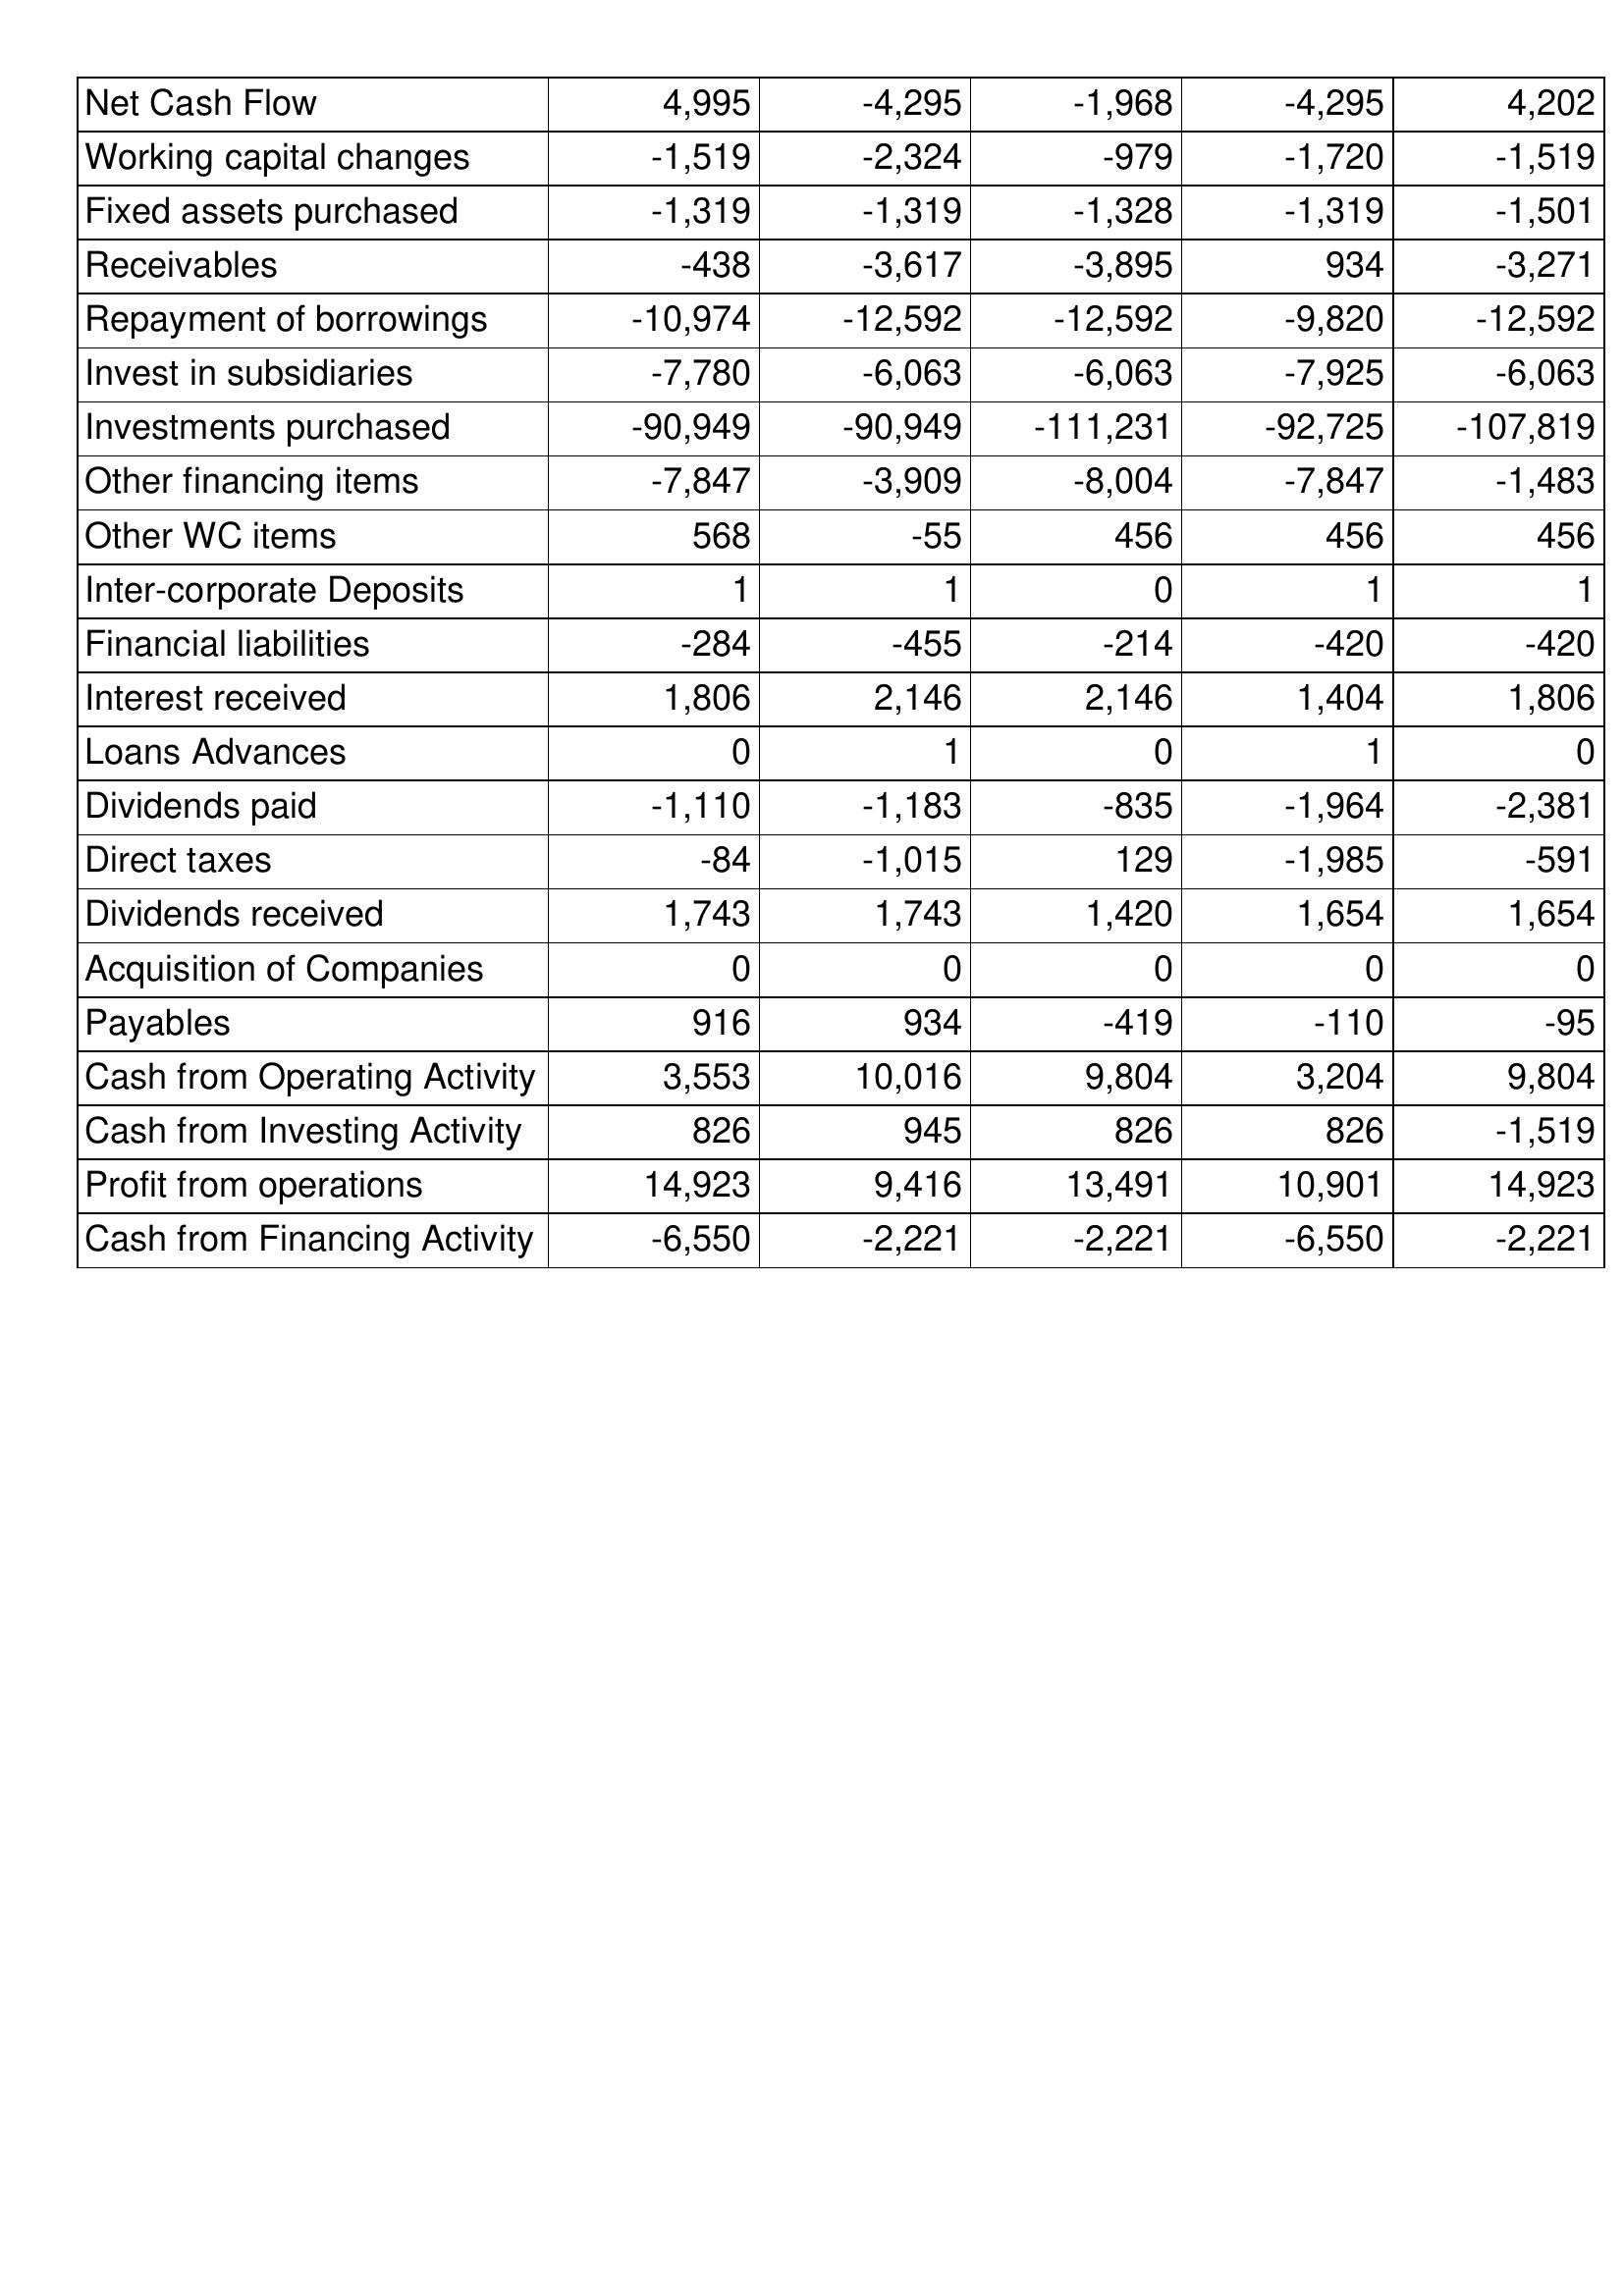
Sep-10: Cash Flows: Net Cash Flow: 4,995
Working capital changes: -1,519
Fixed assets purchased: -1,319
Receivables: -438
Repayment of borrowings: -10,974
Invest in subsidiaries: -7,780
Investments purchased: -90,949
Other financing items: -7,847
Other WC items: 568
Inter-corporate Deposits: 1
Financial liabilities: -284
Interest received: 1,806
Loans Advances: 0
Dividends paid: -1,110
Direct taxes: -84
Dividends received: 1,743
Acquisition of Companies: 0
Payables: 916
Cash from Operating Activity: 3,553
Cash from Investing Activity: 826
Profit from operations: 14,923
Cash from Financing Activity: -6,550
Sep-09: Cash Flows: Net Cash Flow: -4,295
Working capital changes: -2,324
Fixed assets purchased: -1,319
Receivables: -3,617
Repayment of borrowings: -12,592
Invest in subsidiaries: -6,063
Investments purchased: -90,949
Other financing items: -3,909
Other WC items: -55
Inter-corporate Deposits: 1
Financial liabilities: -455
Interest received: 2,146
Loans Advances: 1
Dividends paid: -1,183
Direct taxes: -1,015
Dividends received: 1,743
Acquisition of Companies: 0
Payables: 934
Cash from Operating Activity: 10,016
Cash from Investing Activity: 945
Profit from operations: 9,416
Cash from Financing Activity: -2,221
Sep-08: Cash Flows: Net Cash Flow: -1,968
Working capital changes: -979
Fixed assets purchased: -1,328
Receivables: -3,895
Repayment of borrowings: -12,592
Invest in subsidiaries: -6,063
Investments purchased: -111,231
Other financing items: -8,004
Other WC items: 456
Inter-corporate Deposits: 0
Financial liabilities: -214
Interest received: 2,146
Loans Advances: 0
Dividends paid: -835
Direct taxes: 129
Dividends received: 1,420
Acquisition of Companies: 0
Payables: -419
Cash from Operating Activity: 9,804
Cash from Investing Activity: 826
Profit from operations: 13,491
Cash from Financing Activity: -2,221
Sep-07: Cash Flows: Net Cash Flow: -4,295
Working capital changes: -1,720
Fixed assets purchased: -1,319
Receivables: 934
Repayment of borrowings: -9,820
Invest in subsidiaries: -7,925
Investments purchased: -92,725
Other financing items: -7,847
Other WC items: 456
Inter-corporate Deposits: 1
Financial liabilities: -420
Interest received: 1,404
Loans Advances: 1
Dividends paid: -1,964
Direct taxes: -1,985
Dividends received: 1,654
Acquisition of Companies: 0
Payables: -110
Cash from Operating Activity: 3,204
Cash from Investing Activity: 826
Profit from operations: 10,901
Cash from Financing Activity: -6,550
Sep-06: Cash Flows: Net Cash Flow: 4,202
Working capital changes: -1,519
Fixed assets purchased: -1,501
Receivables: -3,271
Repayment of borrowings: -12,592
Invest in subsidiaries: -6,063
Investments purchased: -107,819
Other financing items: -1,483
Other WC items: 456
Inter-corporate Deposits: 1
Financial liabilities: -420
Interest received: 1,806
Loans Advances: 0
Dividends paid: -2,381
Direct taxes: -591
Dividends received: 1,654
Acquisition of Companies: 0
Payables: -95
Cash from Operating Activity: 9,804
Cash from Investing Activity: -1,519
Profit from operations: 14,923
Cash from Financing Activity: -2,221